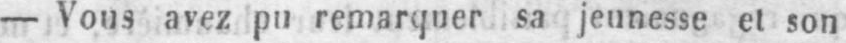
- Vous avez pu remarquer sa jeunesse et son